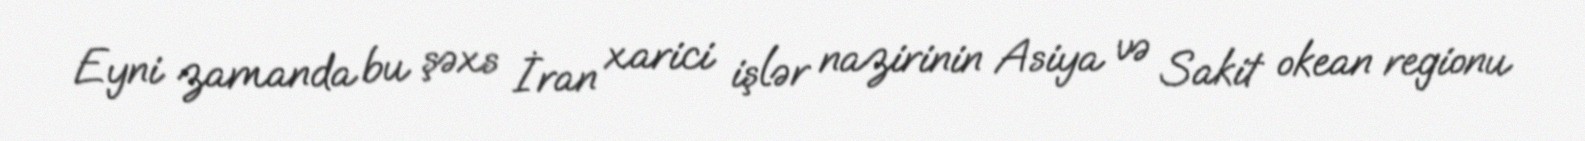
Eyni zamanda bu şəxs İran xarici işlər nazirinin Asiya və Sakit okean regionu